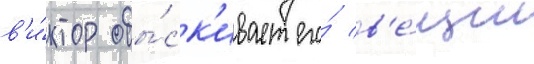
в'и́ктор обы́ск'ивает его́ в'е́щи